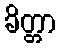
ခိတ္တာ